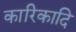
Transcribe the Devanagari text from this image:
कारिकादि